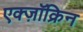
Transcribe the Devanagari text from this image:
एक्ज़ॉक्रिन